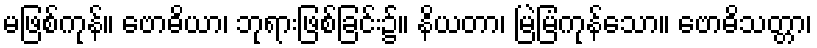
မဖြစ်ကုန်။ ဗောဓိယာ၊ ဘုရားဖြစ်ခြင်း၌။ နိယတာ၊ မြဲမြံကုန်သော။ ဗောဓိသတ္တာ၊